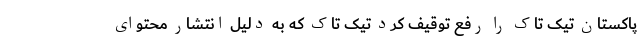
پاکستان تیک تاک را رفع توقیف کرد تیک تاک که به دلیل انتشار محتوای